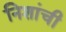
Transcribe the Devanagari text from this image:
निशांची